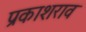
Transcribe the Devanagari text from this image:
प्रकाशराव